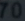
Transcribe